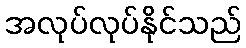
အလုပ်လုပ်နိုင်သည်